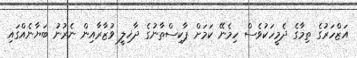
އަޒްހަރުގެ ތިމާގެ ދެމީހަކުވެސް ހިމެނޭ ކަމަށް ޕާކިސްތާނުގެ ދާޚިލީ ވުޒާރާއިން ނެރުނު ބަޔާނެއްގައި